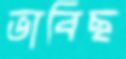
ভাবিছ